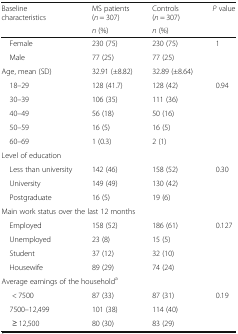
| <ROWSPAN=2> Baseline characteristics | MS patients (n = 307) | Controls (n = 307) | <ROWSPAN=2> P value |
 | n (%) | n (%) |
 | --- | --- | --- | --- |
 | Female | 230 (75) | 230 (75) | <ROWSPAN=2> 1 |
 | Male | 77 (25) | 77 (25) |
 | Age, mean (SD) | 32.91 (±8.82) | 32.89 (±8.64) |  |
 | 18–29 | 128 (41.7) | 128 (42) | <ROWSPAN=5> 0.94 |
 | 30–39 | 106 (35) | 111 (36) |
 | 40–49 | 56 (18) | 50 (16) |
 | 50–59 | 16 (5) | 16 (5) |
 | 60–69 | 1 (0.3) | 2 (1) |
 | <COLSPAN=4> Level of education |
 | Less than university | 142 (46) | 158 (52) | <ROWSPAN=3> 0.30 |
 | University | 149 (49) | 130 (42) |
 | Postgraduate | 16 (5) | 19 (6) |
 | <COLSPAN=4> Main work status over the last 12 months |
 | Employed | 158 (52) | 186 (61) | <ROWSPAN=4> 0.127 |
 | Unemployed | 23 (8) | 15 (5) |
 | Student | 37 (12) | 32 (10) |
 | Housewife | 89 (29) | 74 (24) |
 | <COLSPAN=4> Average earnings of the householda |
 | < 7500 | 87 (33) | 87 (31) | <ROWSPAN=3> 0.19 |
 | 7500–12,499 | 101 (38) | 114 (40) |
 | ≥ 12,500 | 80 (30) | 83 (29) |